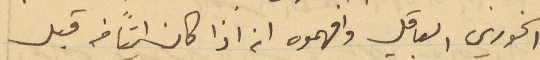
الخوري العاقل وافهموه انه اذا كان إيقاف قبل